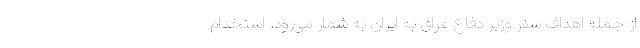
از جمله اهداف سفر وزیر دفاع عراق به ایران به شمار می‌رود. استخدام